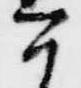
今